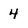
Character: 4